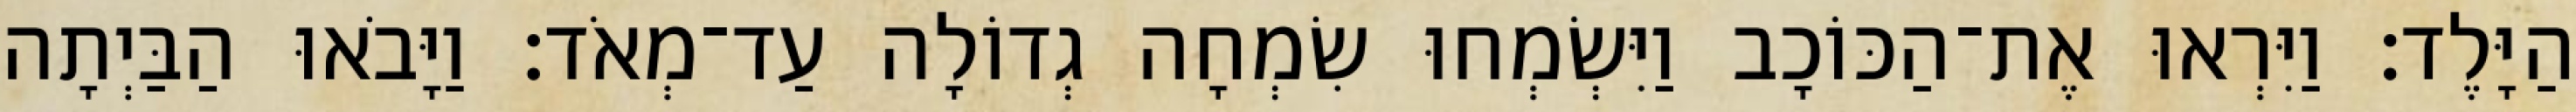
הַיָּלֶד׃ וַיִּרְאוּ אֶת־הַכּוֹכָב וַיִּשְׂמְחוּ שִׂמְחָה גְדוֹלָה עַד־מְאֹד׃ וַיָּבֹאוּ הַבַּיְתָה